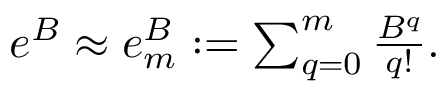
\begin{array} { r } { e ^ { B } \approx e _ { m } ^ { B } : = \sum _ { q = 0 } ^ { m } \frac { B ^ { q } } { q ! } . } \end{array}